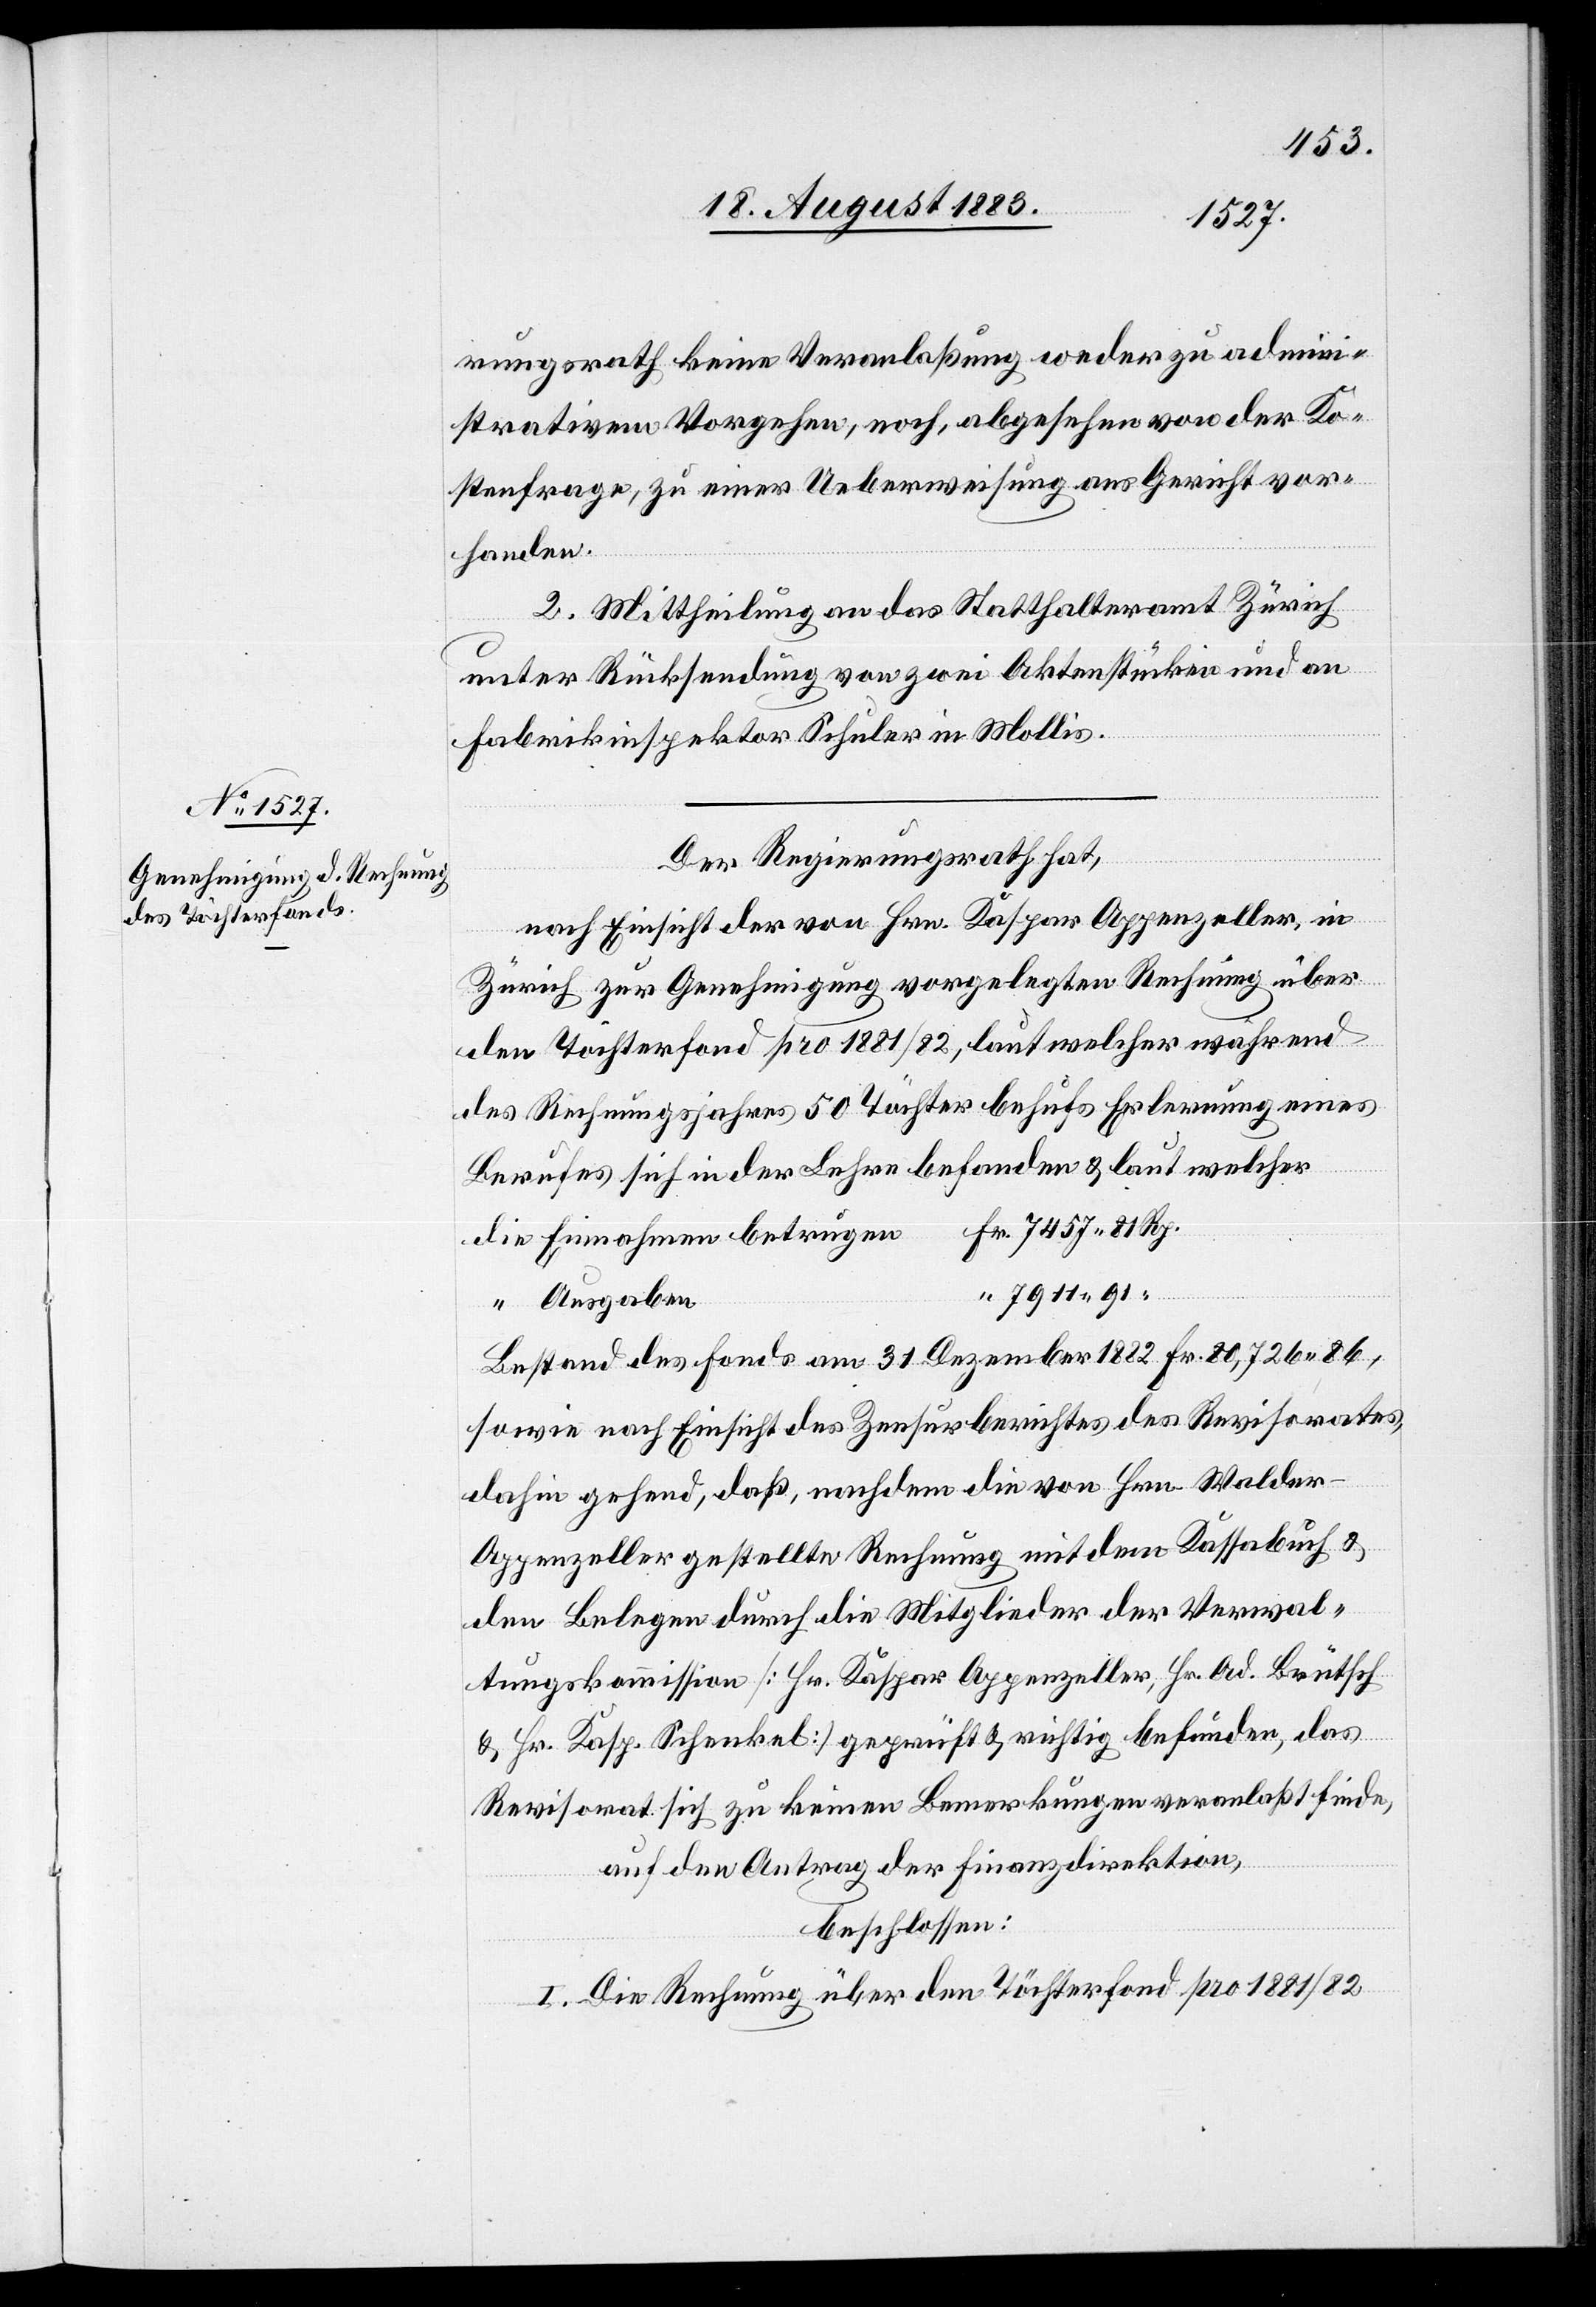
rungsrath keine Veranlaßung weder zu admini¬
strativem Vorgehen, noch, abgesehen von der Ko¬
stenfrage, zu einer Ueberweisung ans Gericht vor¬
handen.
2. Mittheilung an das Statthalteramt Zürich
unter Rücksendung von zwei Aktenstücken und an
Fabrikinspektor Schuler in Mollis.
Der Regierungsrath hat,
nach Einsicht der von Hrn. Kaspar Appenzeller, in
Zürich zur Genehmigung vorgelegten Rechnung über
den Töchterfond pro 1881/82, laut welcher während
des Rechnungsjahres 50 Töchter behufs Erlernung eines
Berufes sich in der Lehre befanden & laut welcher
Ausgaben
Bestand des Fondes am 31. Dezember 1882 Fr. 80,726 86,
sowie nach Einsicht des Zensurberichtes des Revisorates,
dahin gehend, daß, nachdem die von Hrn. Walder-A¬
ppenzeller gestellte Rechnung mit dem Kassabuch &
den Belegen durch die Mitglieder der Verwal¬
tungskommission [Hr. Kaspar Appenzeller, Hr. Ad. Brütsch
& Hr. Kasp. Schenkel] geprüft & richtig befunden, das
Revisorat sich zu keinen Bemerkungen veranlaßt finde,
auf den Antrag der Finanzdirektion,
beschlossen:
I. Die Rechnung über den Töchterfond pro 1881/82